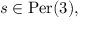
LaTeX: s \in { \mathrm { P e r } } ( 3 ) ,